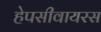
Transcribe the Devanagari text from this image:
हेपसीवायरस